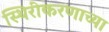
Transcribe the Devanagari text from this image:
स्थिरीकरणाच्या